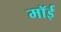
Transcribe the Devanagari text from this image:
मॉई